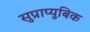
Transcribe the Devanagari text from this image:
सुप्राप्युबिक